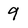
Character: 9